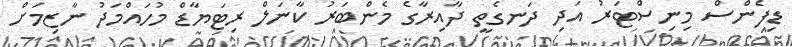
ޑިފެންސް މިނިސްޓަރު އަދި ދަނގެތީ ދާއިރާގެ މެންބަރު ކާނަލް ރިޓަޔާޑް މުހައްމަދު ނާޒިމަށް